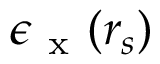
\epsilon _ { \mathrm { ~ x ~ } } ( r _ { s } )